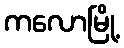
ကလောမြို့